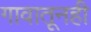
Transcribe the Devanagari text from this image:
गावातूनही